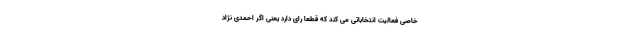
خاصی فعالیت انتخاباتی می کند که قطعا رای دارد یعنی اگر احمدی نژاد